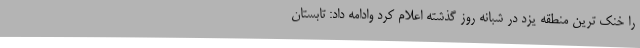
را خنک ترین منطقه یزد در شبانه روز گذشته اعلام کرد وادامه داد: تابستان